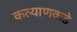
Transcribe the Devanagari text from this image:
कल्याणकडे